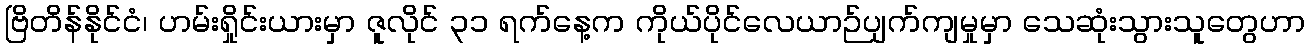
ဗြိတိန်နိုင်ငံ၊ ဟမ်းရှိုင်းယားမှာ ဇူလိုင် ၃၁ ရက်နေ့က ကိုယ်ပိုင်လေယာဉ်ပျက်ကျမှုမှာ သေဆုံးသွားသူတွေဟာ